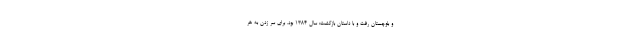
و بلوچستان رفت و با داستان بازگشت: سال ۱۳۸۴ بود. برای سر زدن به هر